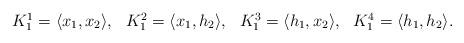
LaTeX: \begin{align*}\begin{array}{llllll}K^1_1= \langle x_1, x_2 \rangle, &K^2_1= \langle x_1, h_2 \rangle,&K^3_1= \langle h_1, x_2 \rangle,& K^{4}_1= \langle h_1, h_2 \rangle.\end{array}\end{align*}